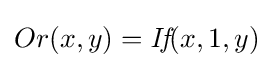
Or(x,y)={\textit {If}}(x,1,y)